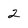
Character: 2